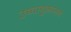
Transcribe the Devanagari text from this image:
उच्चायुक्तालय